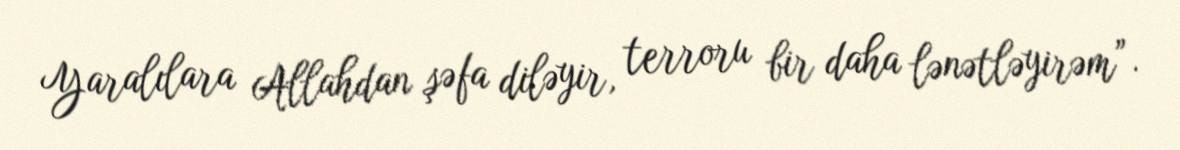
Yaralılara Allahdan şəfa diləyir, terroru bir daha lənətləyirəm”.